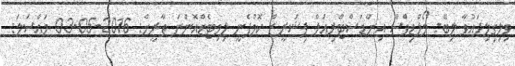
ވިލިގިލިދައުވާ ލިބޭ: މޯލްޑިވްސް އިންޑަސްޓްރިއަލް ފިޝަރީޒް ކޮމްޕެނީ ލިމިޓެޑްއޮންނަ ތާރީޚް: 2016-05-03 މައްސަލަ: